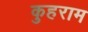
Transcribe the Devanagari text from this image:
कुहराम